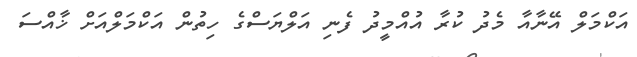
އަކްމަލް އޭނާއާ މެދު ކުރާ އުއްމީދު ފެނި އަލްޔަސްގެ ހިތުން އަކްމަލްއަށް ޚާއްސަ